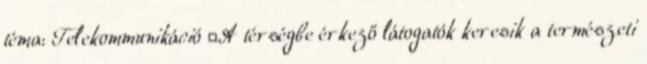
téma: Telekommunikáció ▪A térségbe érkező látogatók keresik a természeti